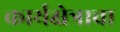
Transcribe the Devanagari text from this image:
कार्यक्षेत्राचा